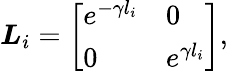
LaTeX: \boldsymbol{L}_{i}=\left[\begin{array}{ll}{e^{-\gamma l_{i}}}&{0}\\ {0}&{e^{\gamma l_{i}}}\end{array}\right],